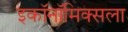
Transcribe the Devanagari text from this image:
इकॉनॉमिक्सला